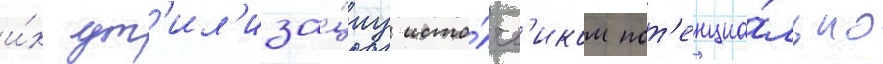
и́х ут'ил'иза́циу исто́чн'иком пот'енциа́льно